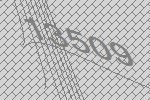
13509